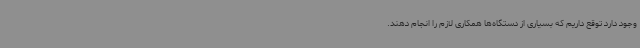
وجود دارد توقع داریم که بسیاری از دستگاه‌ها همکاری لازم را انجام دهند.